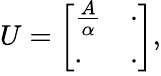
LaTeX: U=\left[\begin{array}{ll}{\frac{A}{\alpha}}&{\cdot}\\ {\cdot}&{\cdot}\end{array}\right],